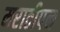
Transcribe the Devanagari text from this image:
मराठीपन